system: You are a helpful assistant.
user:
Analyze the provided spectrum to determine if it is a **Carbon Star (C-type)**.

- **Key Visual Indicators of Carbon Star:**
    - **(Primary):** Strong molecular absorption from **C₂ (diatomic carbon) "Swan Bands."** This is the **defining feature** of a carbon star.
        - **(Key Bandheads):** Sharp absorption edges are visible at approximately $5635$ Å, $5165$ Å (the strongest band), and $4737$ Å.
        - **(Line Profile):** Creates a distinct **"saw-tooth"** pattern. The key morphology is a sharp, steep bandhead on the **red (long-wavelength) side**, which then gradually tapers off (i.e., flux recovers) towards the **blue (short-wavelength) side**. *(This is the direct opposite of the TiO bands seen in M-type stars)*.

    - **(Secondary):** Intense **CN (cyanogen)** molecular absorption bands.
        - **(Key Bandheads):** Located in the blue and violet regions of the spectrum (e.g., near $4215$ Å and $3883$ Å).
        - **(Morphology):** These bands are extremely broad and act as a "blanket," absorbing the vast majority of blue and violet light. This creates a characteristic **"cliff"** or **"steep drop-off"** in the spectrum's flux at short wavelengths.

    - **(Key Confirmation):** Strong **CH absorption band (G-band)**.
        - **(Key Bandhead):** Located around $4300$ Å. The contribution from CH molecules to this band is exceptionally strong.

    - **(Overall Spectrum):**
        - The continuum is severely "chopped up" by these deep molecular bands, especially C₂, rather than appearing as a smooth curve.
        - Due to the heavy CN and C₂ absorption in the blue-green, the vast majority of the star's flux is concentrated in the red part of the spectrum, giving the star its characteristic deep red color.

Think first, call **spectral_visualization_tool** if needed to examine features in detail, then provide your final answer. Your response must adhere to the following strict rules:
1.  **Overall Structure:** Your response must follow the format `<think>...</think> <tool_call>...</tool_call> (if a tool is used) <answer>...</answer>`.
2.  **Tool Usage Constraint:** You may only make **one** tool call per turn.
3.  **Final Answer Format:** In the `<answer>` tag, your conclusion must be inside a `\boxed{}` command (e.g., `\boxed{YES}`), followed by your justification.

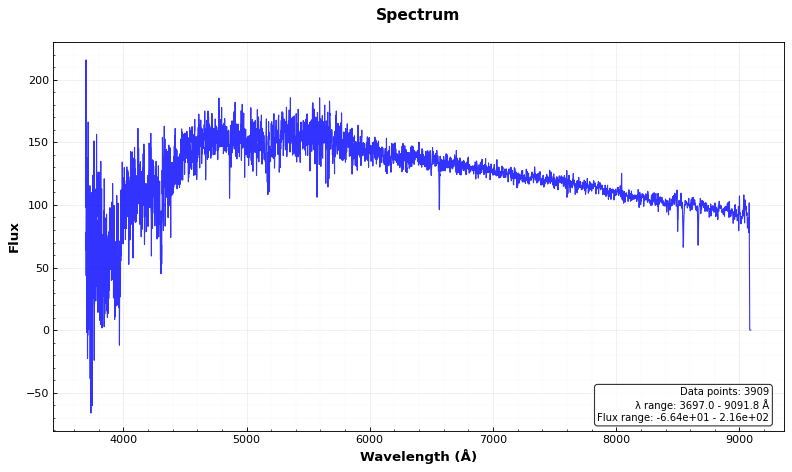
Answer: NO